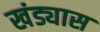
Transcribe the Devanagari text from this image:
खंड्यास